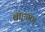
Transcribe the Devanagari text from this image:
बाह्म्ण